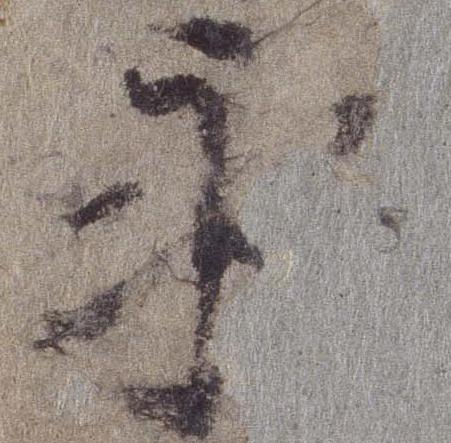
永